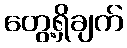
တွေ့ရှိချက်